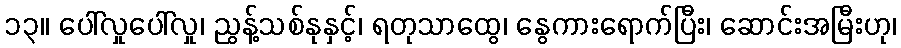
၁၃။ ပေါ်လှုပေါ်လှု၊ ညွန့်သစ်နုနှင့်၊ ရတုသာထွေ၊ နွေကားရောက်ပြီး၊ ဆောင်းအမြီးဟု၊